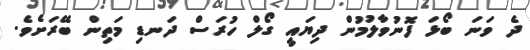
ދެ ވަނަ ބޯޅަ ފޮނުވާލުމުން ދިޔައީ ގޯލް ހުރަސް ދަނޑި މަތިން ބޭރަށެވެ.